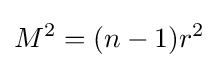
M^{2}=(n-1)r^{2}